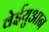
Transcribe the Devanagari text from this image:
वेईयुआन